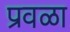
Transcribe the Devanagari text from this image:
प्रवळा